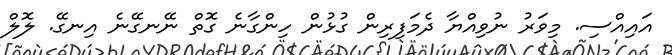
އައިއްސި. މިވަރު ނުވިއްޔާ ދެމަފިރިން ގުޅުން ހިންގާނެ ގޮތް ނޭނގޭނެ އިނގޭ. ލޮލް